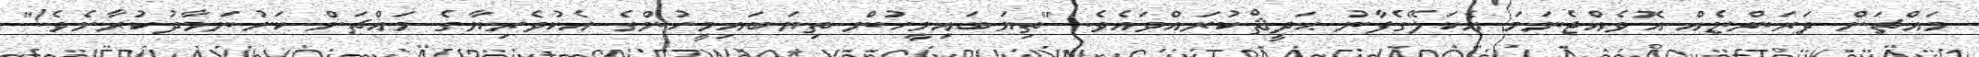
މައްޗަށް ދަރަންޏެއް އޮވެއްޖެނަމަ އެކަލޭގެފާނު ޙަދީޘްކުރައްވައެވެ. "ތިޔަބައިމީހުން ތިޔަބައިމީހުންގެ އެކުވެރިޔާގެ މައްޗަށް ކަށުނަމާދުކުރާށެވެ!"